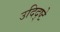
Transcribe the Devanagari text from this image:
उदिद्ष्टे